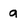
Character: a